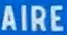
AIRE